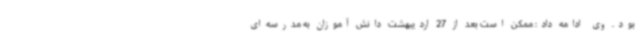
بود. وی ادامه داد: ممکن است بعد از 27 اردیبهشت دانش آموزان به مدرسه‌ای